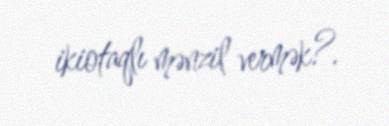
ikiotaqlı mənzil vermək?.